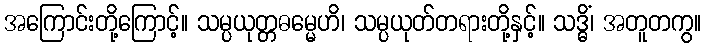
အကြောင်းတို့ကြောင့်။ သမ္ပယုတ္တဓမ္မေဟိ၊ သမ္ပယုတ်တရားတို့နှင့်။ သဒ္ဓိံ၊ အတူတကွ။